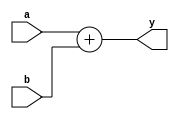

module adder (
	input [31:0] a, b,
	output [31:0] y
);
	assign y = a + b;
endmodule

module signext_16_32 (
	input [15:0] src,
	output [31:0] out
);
	assign out = { {16{src[15]}}, src };
endmodule


module zeroext_16_32 (
	input [15:0] src,
	output [31:0] out
);  // This is the zero-extended function module HIGHLIGHTED!!!
	assign out = {16'b0000_0000_0000_0000, src};
endmodule

module sll_2 (
	input [31:0] a,
	output [31:0] y
);
	assign y ={a[29:0], 2'b00};
endmodule


module sll_16 (
	input [15:0] src,
	output [31:0] out
);
	assign out= { src, 16'b0000_0000_0000_0000 };
endmodule


module equals (
	input [31:0] srcA, srcB,
	output eq
);
	assign eq = (srcA == srcB) ? 1 : 0;
endmodule

module equals_cache #(parameter TAG = 20)(
	input [31:0] srcA, srcB,
	output eq
);
	assign eq = (srcA == srcB) ? 1 : 0;
endmodule